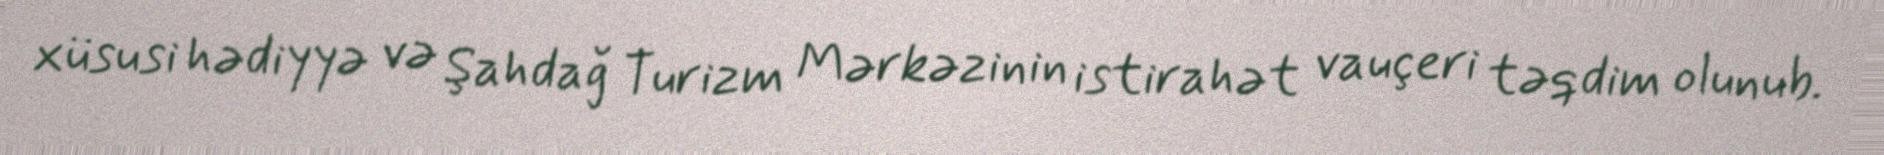
xüsusi hədiyyə və Şahdağ Turizm Mərkəzinin istirahət vauçeri təqdim olunub.